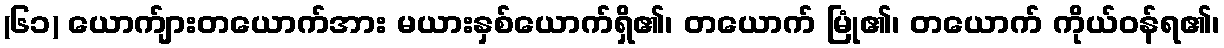
(၆၁) ယောက်ျားတယောက်အား မယားနှစ်ယောက်ရှိ၏၊ တယောက် မြုံ၏၊ တယောက် ကိုယ်ဝန်ရ၏၊